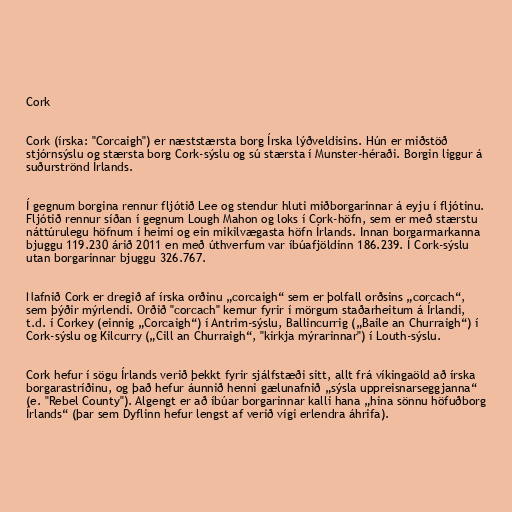
Cork

Cork (írska: "Corcaigh") er næststærsta borg Írska lýðveldisins. Hún er miðstöð
stjórnsýslu og stærsta borg Cork-sýslu og sú stærsta í Munster-héraði. Borgin liggur á
suðurströnd Írlands.

Í gegnum borgina rennur fljótið Lee og stendur hluti miðborgarinnar á eyju í fljótinu.
Fljótið rennur síðan í gegnum Lough Mahon og loks í Cork-höfn, sem er með stærstu
náttúrulegu höfnum í heimi og ein mikilvægasta höfn Írlands. Innan borgarmarkanna
bjuggu 119.230 árið 2011 en með úthverfum var íbúafjöldinn 186.239. Í Cork-sýslu
utan borgarinnar bjuggu 326.767.

Nafnið Cork er dregið af írska orðinu „corcaigh“ sem er þolfall orðsins „corcach“,
sem þýðir mýrlendi. Orðið "corcach" kemur fyrir í mörgum staðarheitum á Írlandi,
t.d. í Corkey (einnig „Corcaigh“) í Antrim-sýslu, Ballincurrig („Baile an Churraigh“) í
Cork-sýslu og Kilcurry („Cill an Churraigh“, "kirkja mýrarinnar") í Louth-sýslu.

Cork hefur í sögu Írlands verið þekkt fyrir sjálfstæði sitt, allt frá víkingaöld að írska
borgarastríðinu, og það hefur áunnið henni gælunafnið „sýsla uppreisnarseggjanna“
(e. "Rebel County"). Algengt er að íbúar borgarinnar kalli hana „hina sönnu höfuðborg
Írlands“ (þar sem Dyflinn hefur lengst af verið vígi erlendra áhrifa).